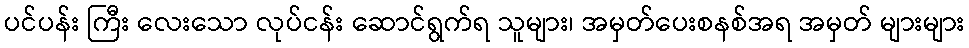
ပင်ပန်း ကြီး လေးသော လုပ်ငန်း ဆောင်ရွက်ရ သူများ၊ အမှတ်ပေးစနစ်အရ အမှတ် များများ